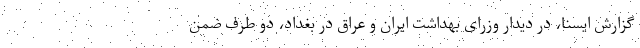
گزارش ایسنا، در دیدار وزرای بهداشت ایران و عراق در بغداد، دو طرف ضمن